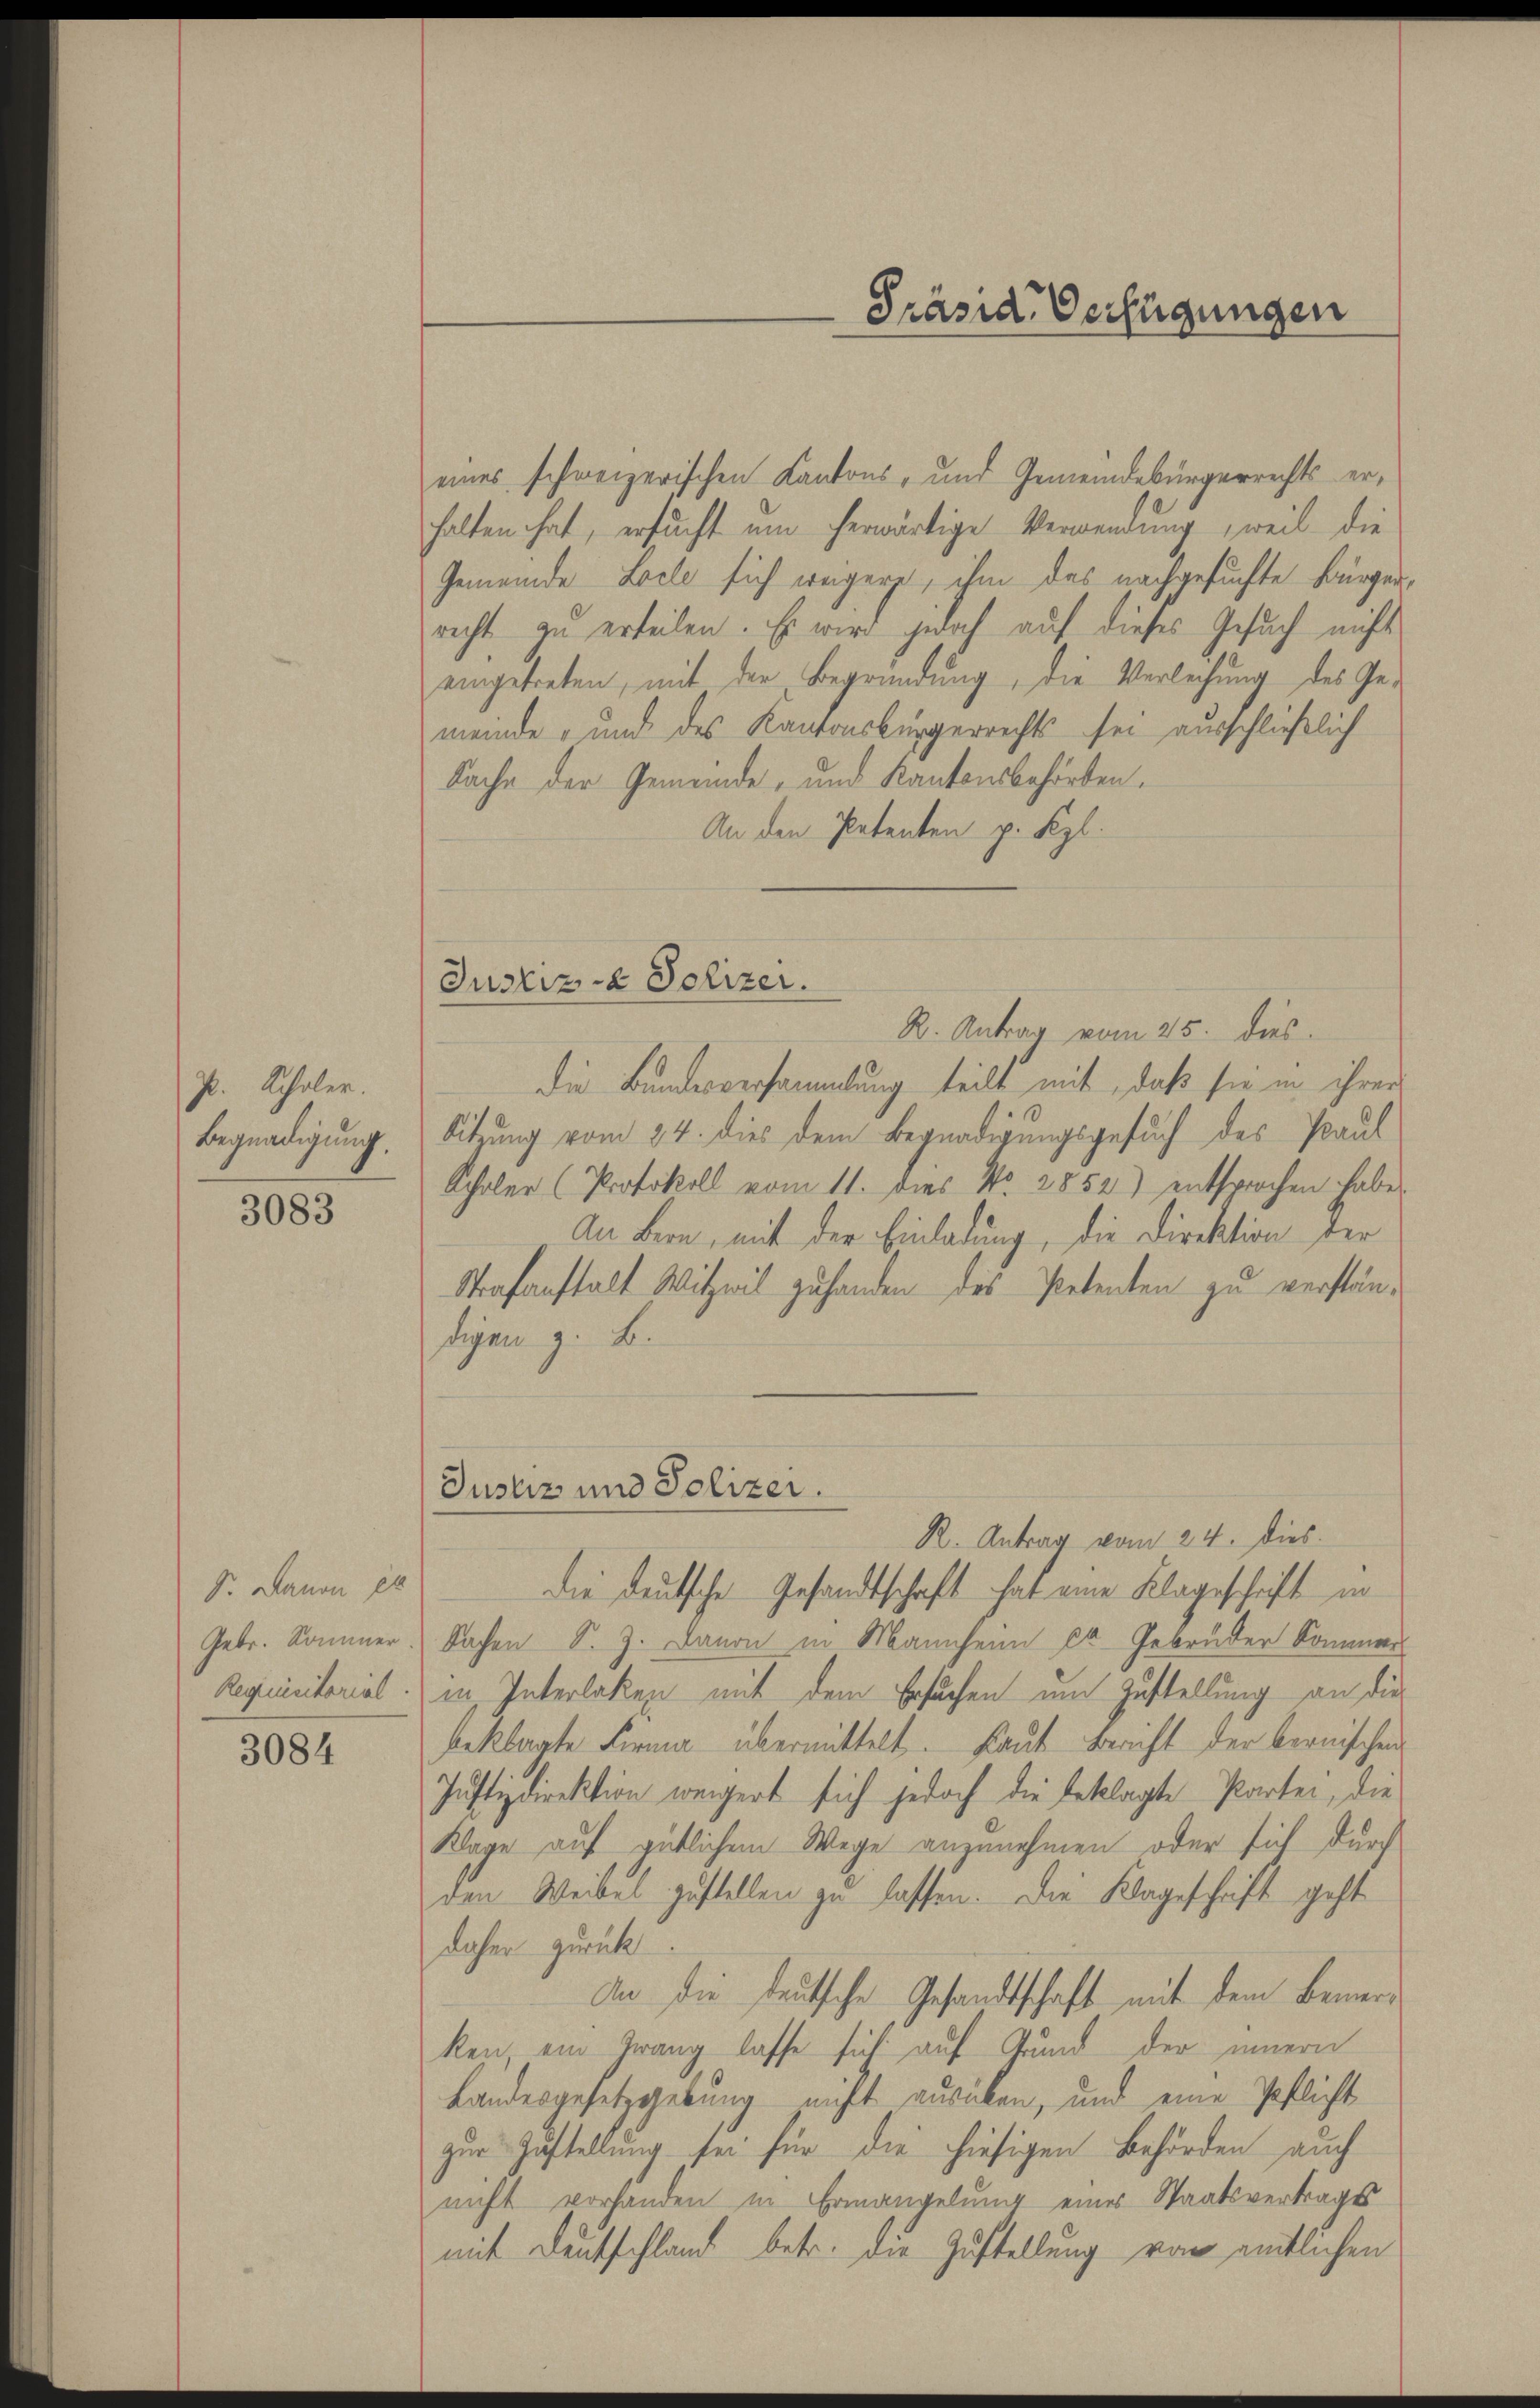
P. Schaler.
Begnadigung.

3083

Sr. Danon ex
Gebr. Sommer
Requisitorial

3084

eines schweizerischen Kantons- und Gemeindebürgerrechts erhalten hat, ersucht um herwärtige Verwendung, weil die
Gemeinde Loche sich weigere, ihm das nachgesuchte Bürger,
recht zu erteilen. Es wird jedoch auf dieses Gesuch nichts
eingetreten, mit der Begründung, die Verleihung des Gemeinde - und des Kantonsbürgerrechts sei ausschließlich
Sache der Gemeinde- und Kantonsbehörten.
An den Patenten p. Kgl.
Justiz- & Polizer.
R. Antrag vom 25. dies
die Bundesversammlung teilt mit, daß sie in ihrer
Sitzung vom 24. dies dem Begnadigungsgesuch des Paul
Schaler (Protokoll vom 11. dies No. 2852) entsprochen habe,
An Bern, mit der Einladung, die Direktion der
Strafanstalt Witzwil zu handen des Petenten zu verständigen z. B.

Justiz und Polizei.

R. Antrag vom 24. dies
die deutsche Gesandtschaft hat eine Klageschrift in
Sachen S. J. Davon in Mannheim ca. Gebrüder Sommer
in Interlaken mit dem Ersuchen um Zustellung an die
beklagte Firma übermittelt. Laut Bericht der bernischen
Justizdirektion weigert sich jedoch die beklagte Parten, die
Klage auf gütlichem Wege anzunehmen oder sich durch
den Weibel zustellen zu lassen. Die Klageschaft geht
daher zurück
An die deutsche Gesandtschaft mit dem Bemerken, ein Zwang lasse sich auf Grund der innern
Landesgesetzgebung nicht ausüben, und eine Pflicht
zur Zustellung sei für die hiesigen Behörden auch
nicht vorhanden in Ermangelung eines Staatsvertrages
mit Deutschland betr. die Zustellung von amtlichen

Prände Verfügungen